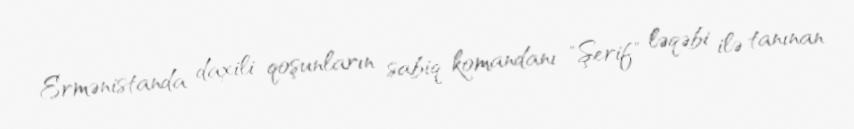
Ermənistanda daxili qoşunların sabiq komandanı "Şerif" ləqəbi ilə tanınan